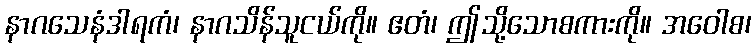
နာဂသေနံဒါရကံ၊ နာဂသိန်သူငယ်ကို။ ဧတံ၊ ဤသို့သောစကားကို။ အဝေါစ၊